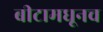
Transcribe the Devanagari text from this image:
बीटामधूनच